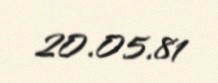
20.05.81